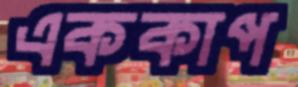
এককাপ